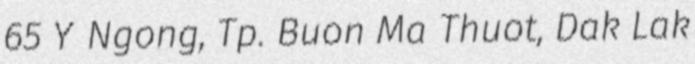
65 Y Ngong, Tp. Buon Ma Thuot, Dak Lak